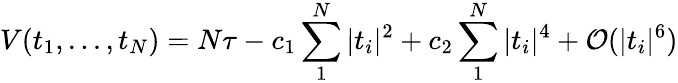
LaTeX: V(t_{1},...,t_{N})=N\tau-c_{1}\sum_{1}^{N}|t_{i}|^{2}+c_{2}\sum_{1}^{N}|t_{i}|^{4}+{\cal{O}}(|t_{i}|^{6})